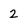
Character: 2